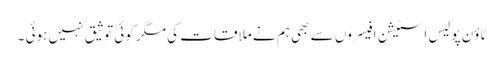
ٹاؤن پولیس اسٹیشن افیسروں سے بھی ہم نے ملاقات کی مگر کوئی توثیق نہیں ہوئی ۔